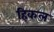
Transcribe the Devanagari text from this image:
हिकल